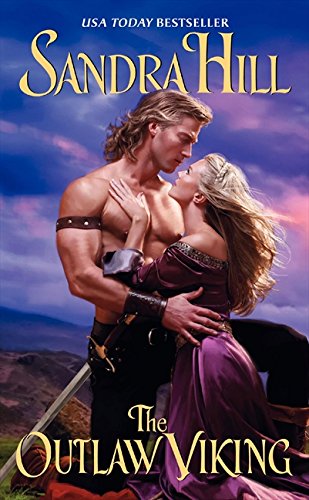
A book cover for The Outlaw Viking (Viking I); Sandra Hill; Romance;